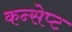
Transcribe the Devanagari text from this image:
कन्सेप्ट